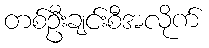
တစ်ဦးချင်းစီအလိုက်